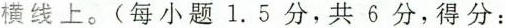
横线上.(每小题1.5分,共6分,得分: